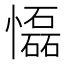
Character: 𢤡